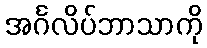
အင်္ဂလိပ်ဘာသာကို